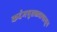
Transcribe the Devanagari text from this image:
कर्दमपुतळ्यापासुन